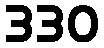
330